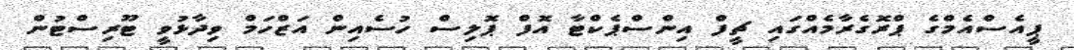
ޕީއެސްއެމްގެ ޕްރޮގެރާމެއްގައި ޗީފް އިންސްޕެކްޓާ އޮފް ޕޮލިސް ހުސެއިން އަޒްހަމް ވިދާޅުވީ ޓޫރިސްޓުން